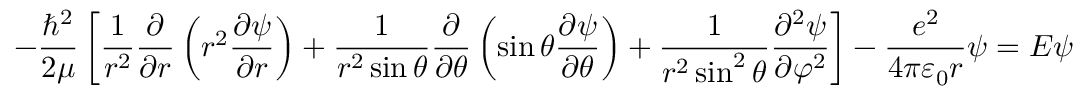
- { \frac { \hbar ^ { 2 } } { 2 \mu } } \left[ { \frac { 1 } { r ^ { 2 } } } { \frac { \partial } { \partial r } } \left( r ^ { 2 } { \frac { \partial \psi } { \partial r } } \right) + { \frac { 1 } { r ^ { 2 } \sin \theta } } { \frac { \partial } { \partial \theta } } \left( \sin \theta { \frac { \partial \psi } { \partial \theta } } \right) + { \frac { 1 } { r ^ { 2 } \sin ^ { 2 } \theta } } { \frac { \partial ^ { 2 } \psi } { \partial \varphi ^ { 2 } } } \right] - { \frac { e ^ { 2 } } { 4 \pi \varepsilon _ { 0 } r } } \psi = E \psi